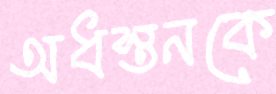
অধস্তনকে